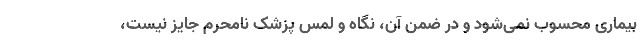
بیماری محسوب نمی‌شود و در ضمن آن، نگاه و لمسِ پزشک نامحرم جایز نیست،